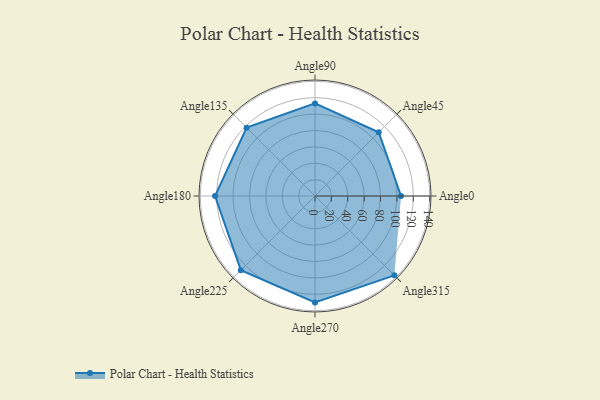
{"axis": {"x": "Angle", "y": "Radius"}, "legend": [""], "data": [{"x": "Angle0", "y": 105.0, "type": ""}, {"x": "Angle45", "y": 110.0, "type": ""}, {"x": "Angle90", "y": 113.0, "type": ""}, {"x": "Angle135", "y": 118.0, "type": ""}, {"x": "Angle180", "y": 122.0, "type": ""}, {"x": "Angle225", "y": 128.0, "type": ""}, {"x": "Angle270", "y": 130.0, "type": ""}, {"x": "Angle315", "y": 137.0, "type": ""}]}